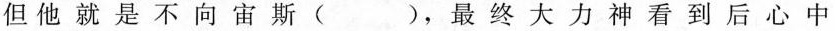
但他就是不向宙斯( )，最终大力神看到后心中